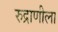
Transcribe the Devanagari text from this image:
रुद्राणीला